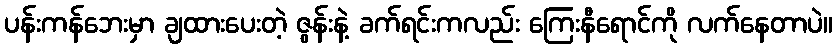
ပန်းကန်ဘေးမှာ ချထားပေးတဲ့ ဇွန်းနဲ့ ခက်ရင်းကလည်း ကြေးနီရောင်ကို လက်နေတာပဲ။